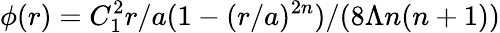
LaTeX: \phi(r)=C_{1}^{2}r/a(1-(r/a)^{2n})/(8\Lambda n(n+1))